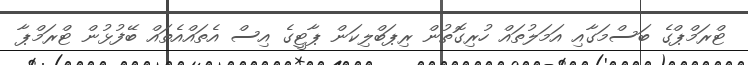
ޓްރަމްޕްގެ ބަސްމަގާއި އަމަލުތައް ހުރިގޮތުން ރިޕަބްލިކަން ޕާޓީގެ އިސް އެތައްއެތައް ބޭފުޅުން ޓްރަމްޕާ